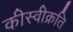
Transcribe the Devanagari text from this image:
कीस्वीक्रति